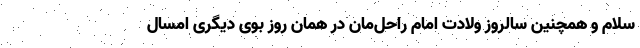
سلام و همچنین سالروز ولادت امام راحل‌مان در همان روز بوی دیگری امسال